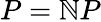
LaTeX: P=\mathbb{N}P